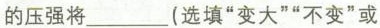
的压强将_(选填”变大””不变”或